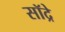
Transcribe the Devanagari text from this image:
सॉद्रे